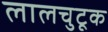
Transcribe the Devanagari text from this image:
लालचुटूक